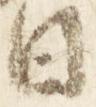
日